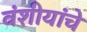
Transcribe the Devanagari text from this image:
वंशीयांचे